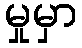
မှုမှာ